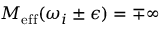
M _ { \mathrm { e f f } } ( \omega _ { i } \pm \epsilon ) = \mp \infty